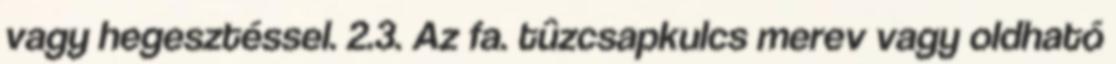
vagy hegesztéssel. 2.3. Az fa. tûzcsapkulcs merev vagy oldható